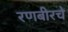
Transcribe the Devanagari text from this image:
रणबीरचे